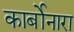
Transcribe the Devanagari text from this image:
कार्बोनारा